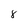
Character: 8